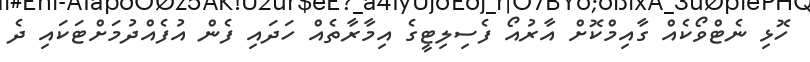
ހޮޅި ނެޓްވޯކެއް ގާއިމްކޮށް އާރުއޯ ފެސިލިޓީގެ އިމާރާތެއް ހަދައި ފެން އުފެއްދުމަށްޓަކައި ދެ